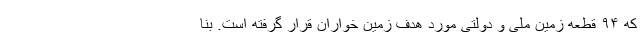
که ۹۴ قطعه زمین ملی و دولتی مورد هدف زمین خواران قرار گرفته است. بنا